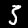
Digit: 5